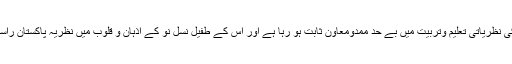
نظریۂ پاکستان ٹرسٹ کا پاکستان آگہی پروگرام نئی نسلوں کی نظریاتی تعلیم وتربیت میں بے حد ممدومعاون ثابت ہو رہا ہے اور اس کے طفیل نسل نو کے اذہان و قلوب میں نظریۂ پاکستان راسخ کرنے کے ضمن میں ایک خاموش انقلاب برپا ہورہا ہے۔